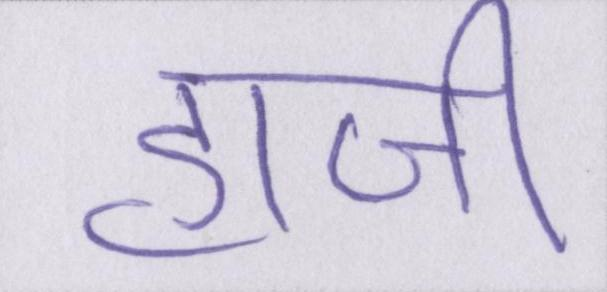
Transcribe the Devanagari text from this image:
हाजी